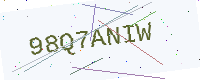
Text: 98Q7ANIW